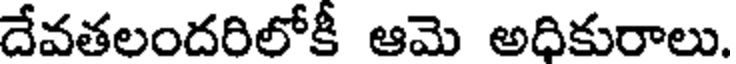
దేవతలందరిలోకీ ఆమె అధికురాలు.